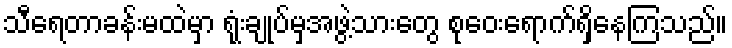
သီရေတာခန်းမထဲမှာ ရုံးချုပ်မှအဖွဲ့သားတွေ စုဝေးရောက်ရှိနေကြသည်။